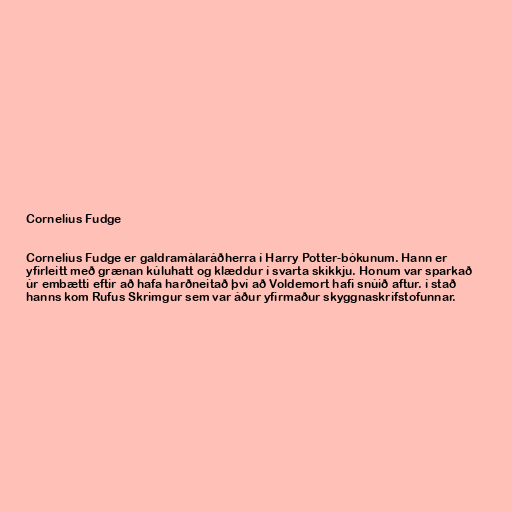
Cornelius Fudge

Cornelius Fudge er galdramàlaráðherra í Harry Potter-bókunum. Hann er
yfirleitt með grænan kúluhatt og klæddur í svarta skikkju. Honum var sparkað
úr embætti eftir að hafa harðneitað því að Voldemort hafi snúið aftur. í stað
hanns kom Rufus Skrimgur sem var áður yfirmaður skyggnaskrifstofunnar.